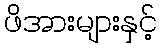
ဖိအားများနှင့်